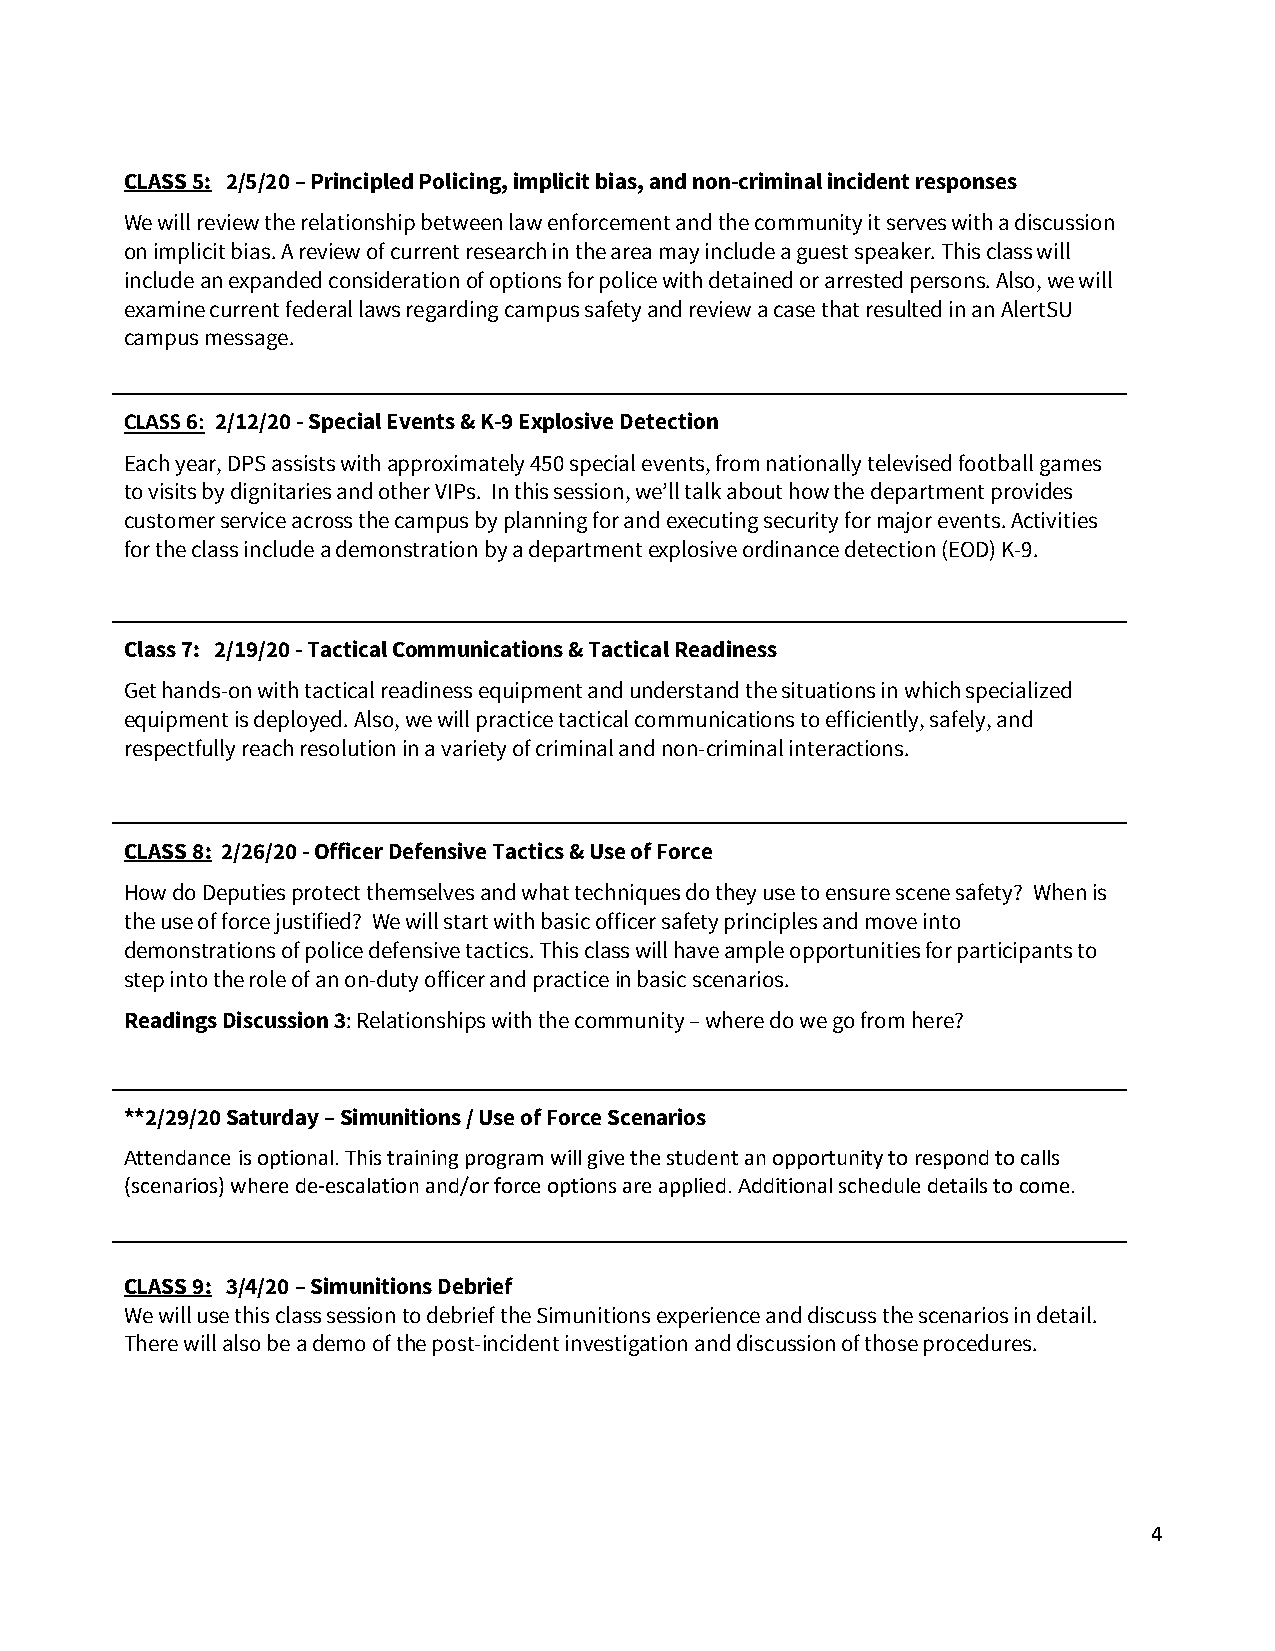
CLASS 5: 2/5/20 – Principled Policing, implicit bias, and non-criminal incident responses
 We will review the relationship between law enforcement and the community it serves with a discussion
 on implicit bias. A review of current research in the area may include a guest speaker. This class will
 include an expanded consideration of options for police with detained or arrested persons. Also, we will
 examine current federal laws regarding campus safety and review a case that resulted in an AlertSU
 campus message.
 CLASS 6: 2/12/20 - Special Events & K-9 Explosive Detection
 Each year, DPS assists with approximately 450 special events, from nationally televised football games
 to visits by dignitaries and other VIPs. In this session, we’ll talk about how the department provides
 customer service across the campus by planning for and executing security for major events. Activities
 for the class include a demonstration by a department explosive ordinance detection (EOD) K-9.
 Class 7: 2/19/20 - Tactical Communications & Tactical Readiness
 Get hands-on with tactical readiness equipment and understand the situations in which specialized
 equipment is deployed. Also, we will practice tactical communications to efficiently, safely, and
 respectfully reach resolution in a variety of criminal and non-criminal interactions.
 CLASS 8: 2/26/20 - Officer Defensive Tactics & Use of Force
 How do Deputies protect themselves and what techniques do they use to ensure scene safety? When is
 the use of force justified? We will start with basic officer safety principles and move into
 demonstrations of police defensive tactics. This class will have ample opportunities for participants to
 step into the role of an on-duty officer and practice in basic scenarios.
 Readings Discussion 3: Relationships with the community – where do we go from here?
 **2/29/20 Saturday – Simunitions / Use of Force Scenarios
 Attendance is optional. This training program will give the student an opportunity to respond to calls
 (scenarios) where de-escalation and/or force options are applied. Additional schedule details to come.
 CLASS 9: 3/4/20 – Simunitions Debrief
 We will use this class session to debrief the Simunitions experience and discuss the scenarios in detail.
 There will also be a demo of the post-incident investigation and discussion of those procedures.
 4